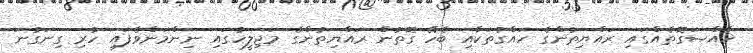
ޚާއްޞަގޮތެއްގައި ރައްޔިތުންގެ ހައްގުތަކާއި ބެހޭ ގޮތުން ރައްޔިތުންގެ މަޖިލީހުގައި ނިންމަންވެފައި ހުރި ގިނަގުނަ